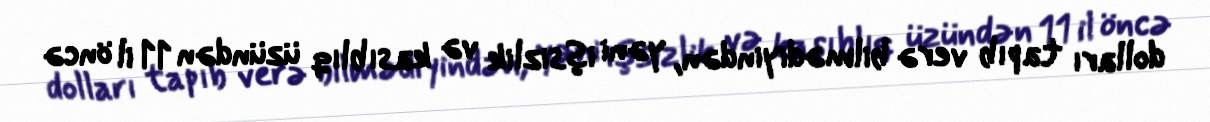
dolları tapıb verə bilmədiyindən, yəni işsizlik və kasıblıq üzündən 11 il öncə